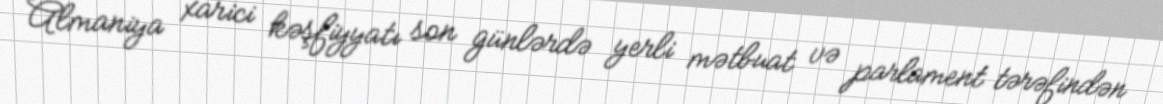
Almaniya xarici kəşfiyyatı son günlərdə yerli mətbuat və parlament tərəfindən